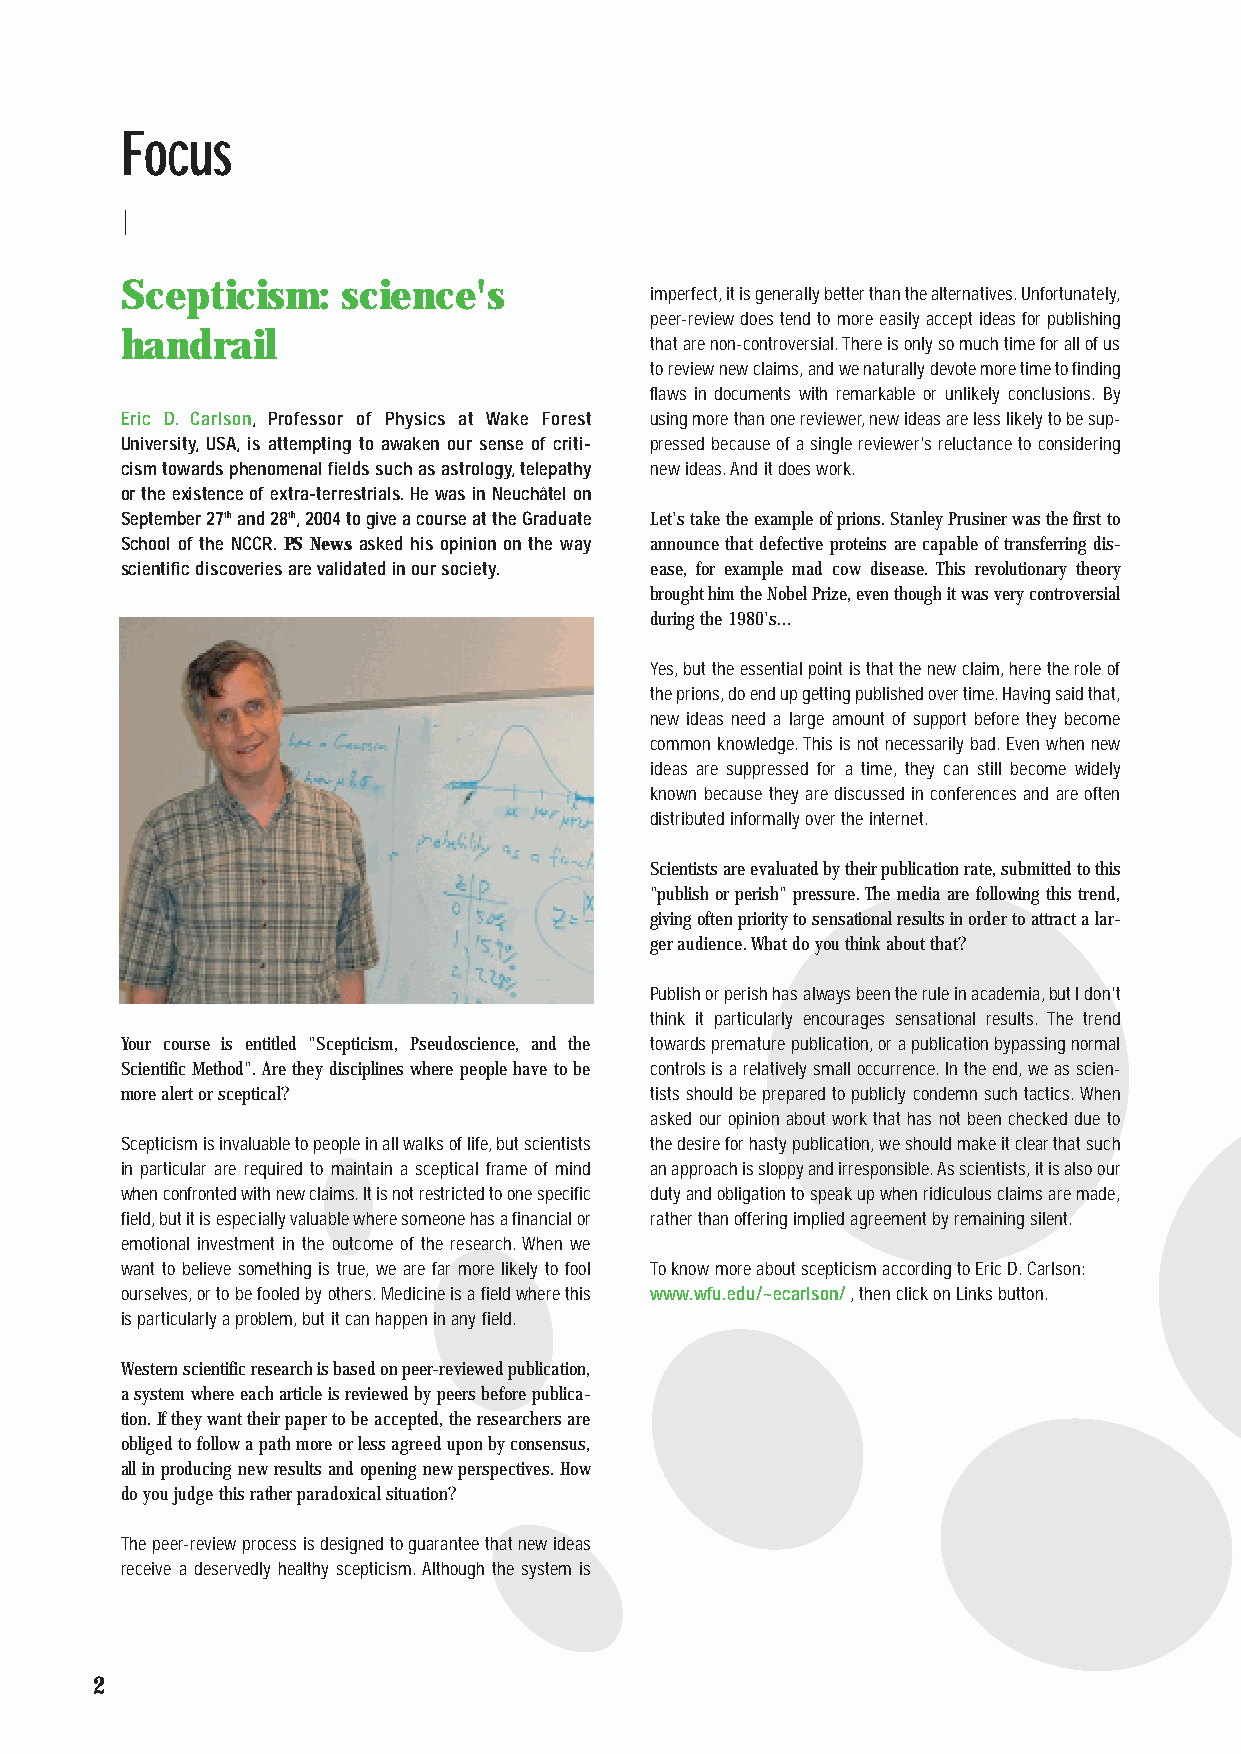
Focus
 Scepticism:    science's
 imperfect,it is generally better than the alternatives.Unfortunately,
 peer-review does tend to more easily accept ideas for publishing
 handrail
 that are non-controversial.There is only so much time for all of us
 to review new claims,and we naturally devote more time to finding
 flaws in documents with remarkable or unlikely conclusions. By
 Eric D. Carlson, Professor of Physics at Wake Forest using more than one reviewer,new ideas are less likely to be sup-
 University, USA, is attempting to awaken our sense of criti- pressed because of a single reviewer's reluctance to considering
 cism towards phenomenal fields such as astrology,telepathy new ideas.And it does work.
 or the existence of extra-terrestrials.He was in Neuchâtel on
 September 27thand 28th,2004 to give a courseat the Graduate Let's take the example of prions.Stanley Prusiner was the first to
 School of the NCCR.PS News asked his opinion on the way announce that defective proteins are capable of transferring dis-
 scientific discoveries are validated in our society. ease, for example mad cow disease. This revolutionary theory
 brought him the Nobel Prize,even though it was very controversial
 during the 1980's...
 Yes,but the essential point is that the new claim,here the role of
 the prions,do end up getting published over time.Having said that,
 new ideas need a large amount of support before they become
 common knowledge.This is not necessarily bad.Even when new
 ideas are suppressed for a time, they can still become widely
 known because they are discussed in conferences and are often
 distributed informally over the internet.
 Scientists are evaluated by their publication rate,submitted to this
 "publish or perish" pressure.The media are following this trend,
 giving often priority to sensational results in order to attract a lar-
 ger audience.What do you think about that?
 Publish or perish has always been the rule in academia,but I don't
 think it particularly encourages sensational results. The trend
 Your course is entitled "Scepticism, Pseudoscience, and the towards premature publication,or a publication bypassing normal
 Scientific Method".Are they disciplines where people have to be controls is a relatively small occurrence.In the end,we as scien-
 more alert or sceptical?           tists should be prepared to publicly condemn such tactics.When
 asked our opinion about work that has not been checked due to
 Scepticism is invaluable to people in all walks of life,but scientists the desire for hasty publication,we should make it clear that such
 in particular are required to maintain a sceptical frame of mind an approach is sloppy and irresponsible.As scientists,it is also our
 when confronted with new claims.It is not restricted to one specific duty and obligation to speak up when ridiculous claims are made,
 field,but it is especially valuable where someone has a financial or rather than offering implied agreement by remaining silent.
 emotional investment in the outcome of the research.When we
 want to believe something is true,we are far more likely to fool To know more about scepticism according to Eric D.Carlson:
 ourselves,or to be fooled by others.Medicine is a field where this www.wfu.edu/~ecarlson/,then click on Links button.
 is particularly a problem,but it can happen in any field.
 Western scientific research is based on peer-reviewed publication,
 a system where each article is reviewed by peers before publica-
 tion.If they want their paper to be accepted,the researchers are
 obliged to follow a path more or less agreed upon by consensus,
 all in producing new results and opening new perspectives.How
 do you judge this rather paradoxical situation?
 The peer-review process is designed to guarantee that new ideas
 receive a deservedly healthy scepticism.Although the system is
 2